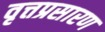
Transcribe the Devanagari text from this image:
वृत्तप्रसारण